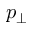
p _ { \bot }